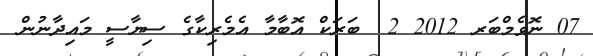
07 ނޮވެމްބަރ 2012 2  ބަރަކް އޮބާމާ އެމެރިކާގެ ސިޔާސީ މައިދާނުން